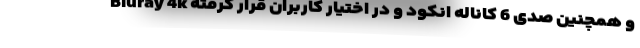
Bluray 4k و همچنین صدی 6 کاناله انکود و در اختیار کاربران قرار گرفته